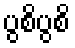
ပွစိပွစိ